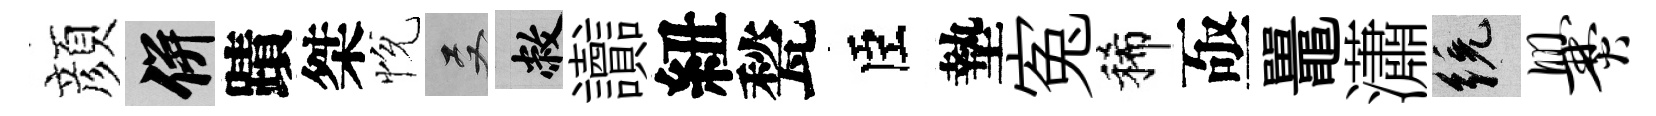
顔并蹟桀恱双敝讟紐甃臣墊寃稀亟鼉瀟統爨